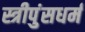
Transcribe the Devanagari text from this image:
स्त्रीपुंसधर्म